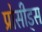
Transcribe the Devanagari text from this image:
प्रोसीड्स